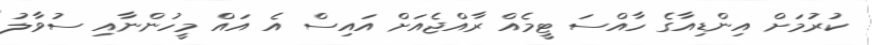
ކުރުމަށް އިންޑިއާގެ ހާއްސަ ޓީމެއް ރާއްޖެއަށް އައިސް އެ އައް މީހުންނާއި ސުވާލު